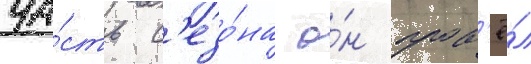
ча́сть с'езо́на о́н пров'ё́л